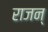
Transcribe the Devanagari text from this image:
राजन्‌